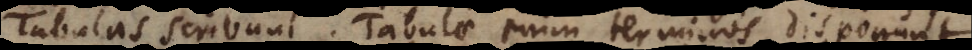
Tabulas scribunt. Tabulae terminos disponunt.